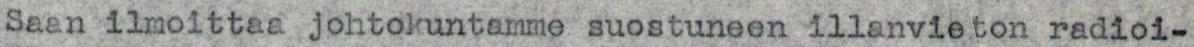
Saan ilmoittaa johtokuntamme suostuneen illanvieton radioi-